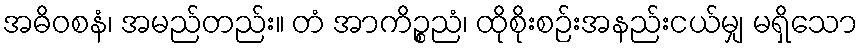
အဓိဝစနံ၊ အမည်တည်း။ တံ အာကိဉ္စညံ၊ ထိုစိုးစဉ်းအနည်းငယ်မျှ မရှိသော